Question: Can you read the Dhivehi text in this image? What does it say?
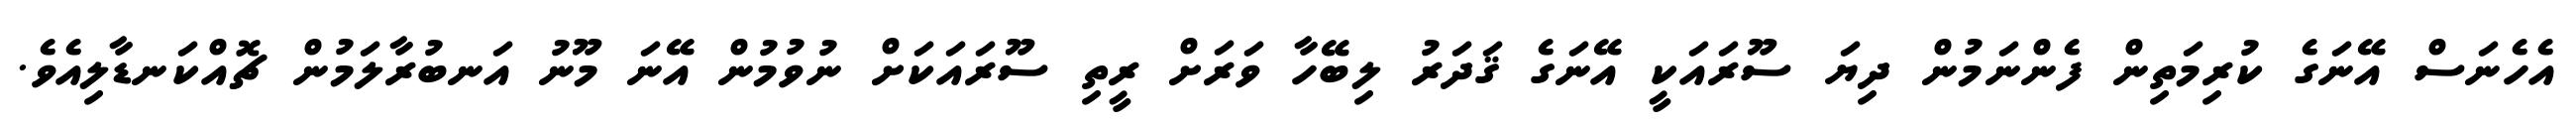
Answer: އެހެނަސް އޭނަގެ ކުރިމަތިން ފެންނަމުން ދިޔަ ސޫރައަކީ އޭނަގެ ޤަދަރު ލިބޭހާ ވަރަށް ރީތި ސޫރައަކަށް ނުވުމުން އޭނަ މޫނު އަނބުރާލަމުން ޗޮއްކަނޑާލިއެވެ.